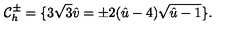
{ \cal C } _ { h } ^ { \pm } = \{ 3 \sqrt { 3 } \hat { v } = \pm 2 ( \hat { u } - 4 ) \sqrt { \hat { u } - 1 } \} .